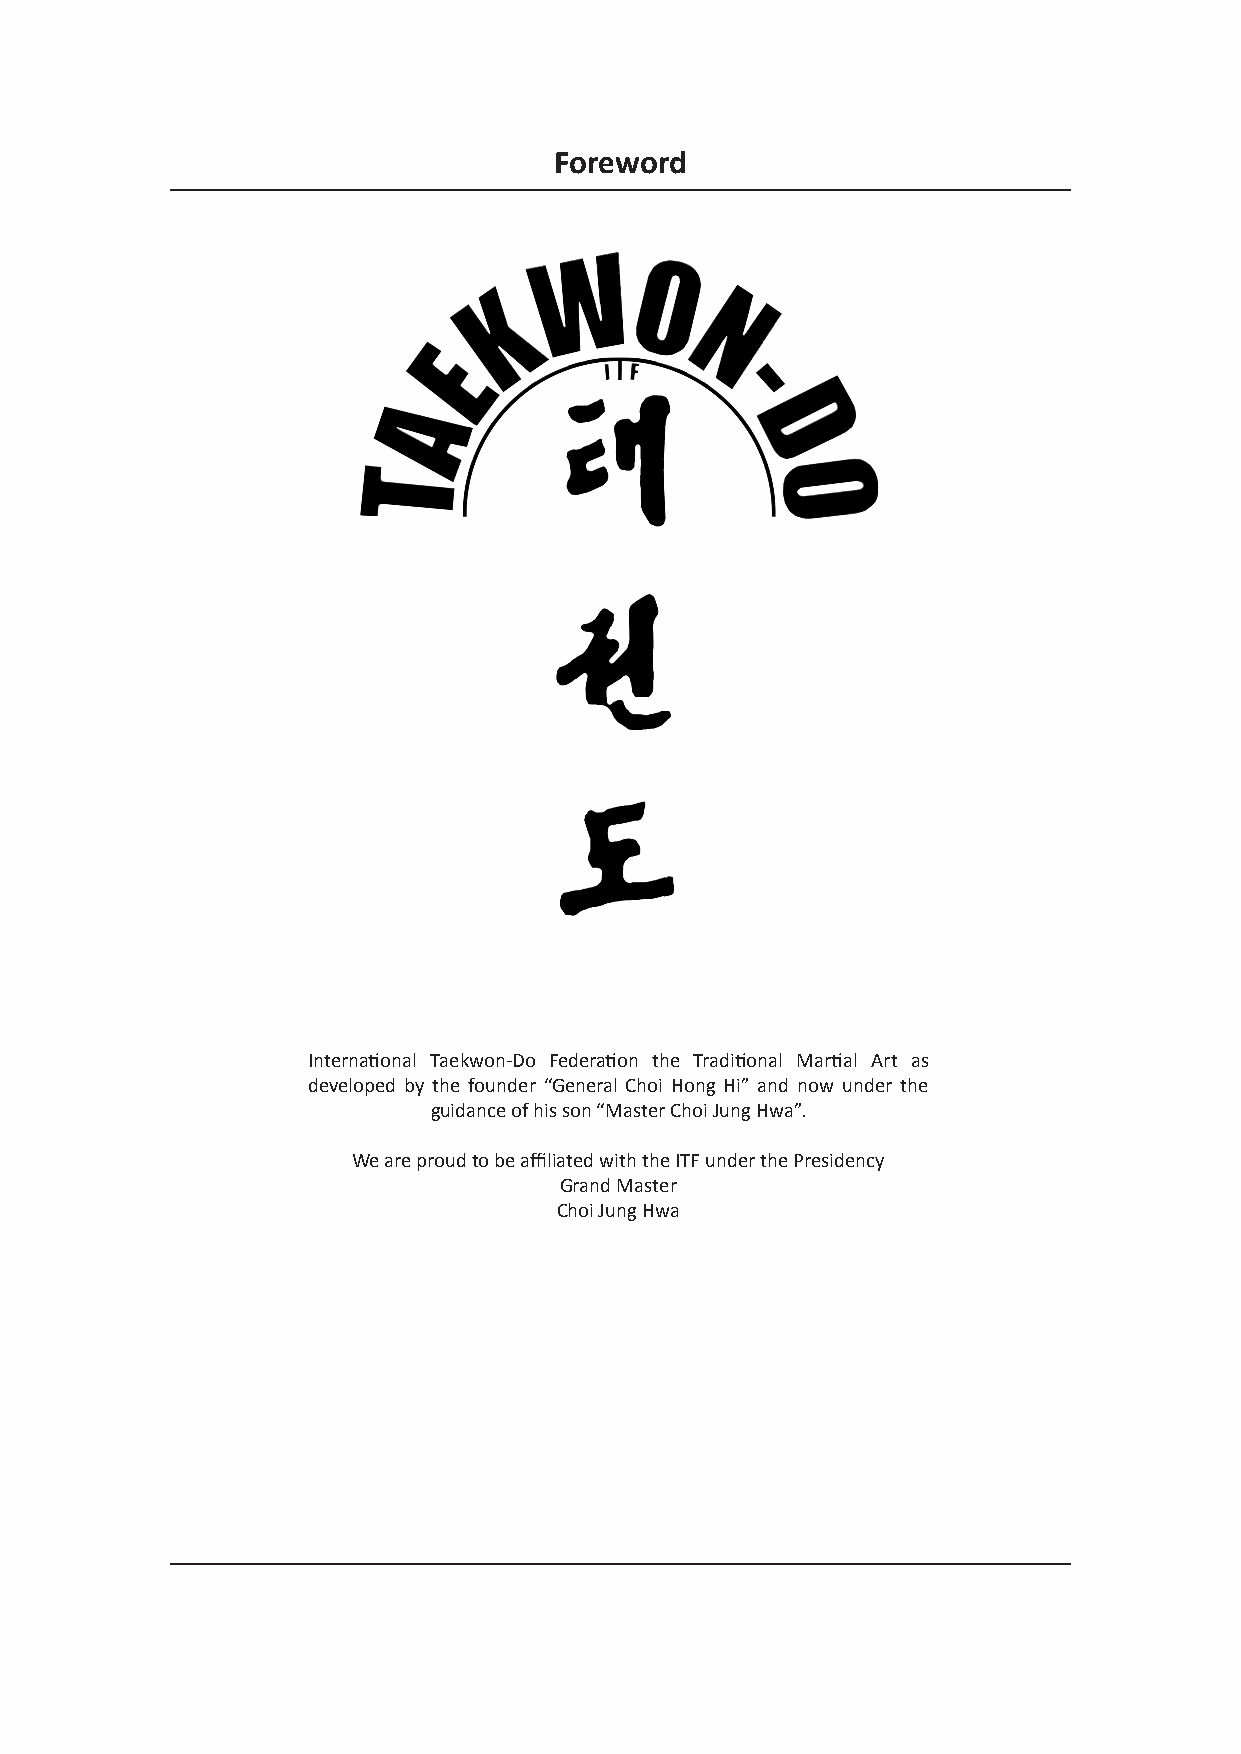
Foreword
 International Taekwon-Do Federation the Traditional Martial Art as
 developed by the founder “General Choi Hong Hi” and now under the
 guidance of his son “Master Choi Jung Hwa”.
 We are proud to be affiliated with the ITF under the Presidency
 Grand Master
 Choi Jung Hwa